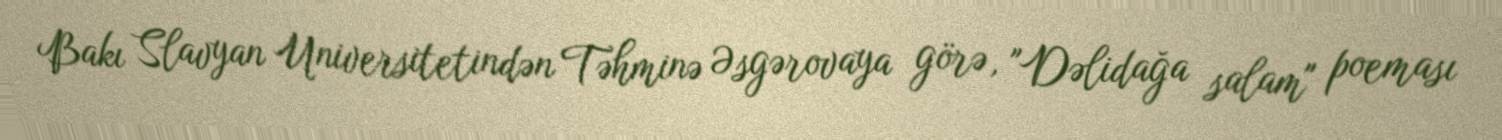
Bakı Slavyan Universitetindən Təhminə Əsgərovaya görə, "Dəlidağa salam" poeması